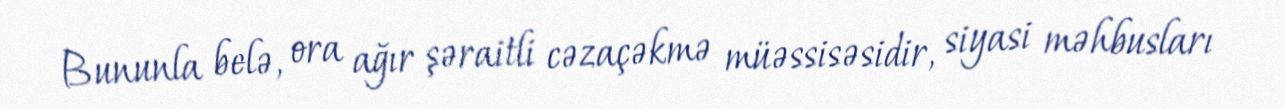
Bununla belə, ora ağır şəraitli cəzaçəkmə müəssisəsidir, siyasi məhbusları